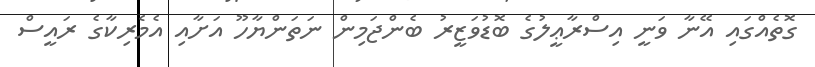
ގޮތެއްގައި އޭނާ ވަނީ އިސްރާޢީލުގެ ބޮޑުވަޒީރު ބެންޖަމިން ނަތަންޔާހޫ އަށާއި އެމެރިކާގެ ރައީސް